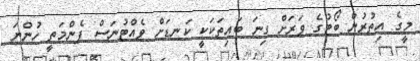
މީގެ އިތުރުން ބޯޓުގެ ވަރަށް ގިނަ ބައިތަކަކީ ކަނޑަށް ވެއްޓުނަސް ފެންމަތީ ހުންނަ